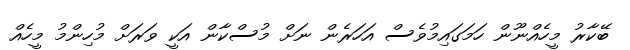
ބޭކާރު މީހެއްނޫން ހަމަގައިމުވެސް އަހަރެން ނަށް މުސްކާން އަކީ ވަރަށް މުހިންމު މީހެއް